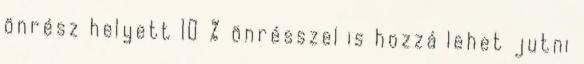
önrész helyett 10 % önrésszel is hozzá lehet jutni